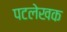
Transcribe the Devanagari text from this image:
पटलेखक